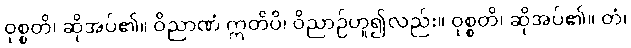
ဝုစ္စတိ၊ ဆိုအပ်၏။ ဝိညာဏံ ဣတိပိ၊ ဝိညာဉ်ဟူ၍လည်း။ ဝုစ္စတိ၊ ဆိုအပ်၏။ တံ၊